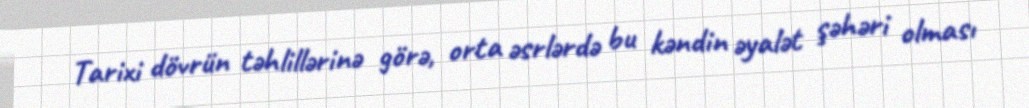
Tarixi dövrün təhlillərinə görə, orta əsrlərdə bu kəndin əyalət şəhəri olması